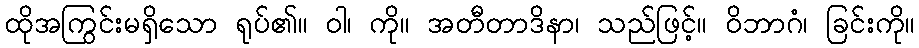
ထိုအကြွင်းမရှိသော ရုပ်၏။ ဝါ၊ ကို။ အတီတာဒိနာ၊ သည်ဖြင့်။ ဝိဘာဂံ၊ ခြင်းကို။